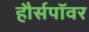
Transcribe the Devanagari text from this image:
हौर्सपॉवर